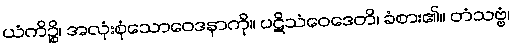
ယံကိဉ္စိ၊ အလုံးစုံသောဝေဒနာကို။ ပဋိသံဝေဒေတိ၊ ခံစား၏။ တံသဗ္ဗံ၊